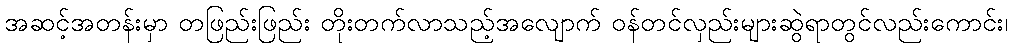
အဆင့်အတန်းမှာ တဖြည်းဖြည်း တိုးတက်လာသည့်အလျောက် ဝန်တင်လှည်းများဆွဲရာတွင်လည်းကောင်း၊